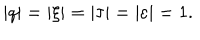
| q | = | \xi | = | \tau | = | \varepsilon | = 1 .